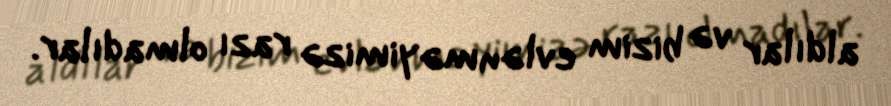
aldılar və bizim evlənməyimizə razı olmadılar.